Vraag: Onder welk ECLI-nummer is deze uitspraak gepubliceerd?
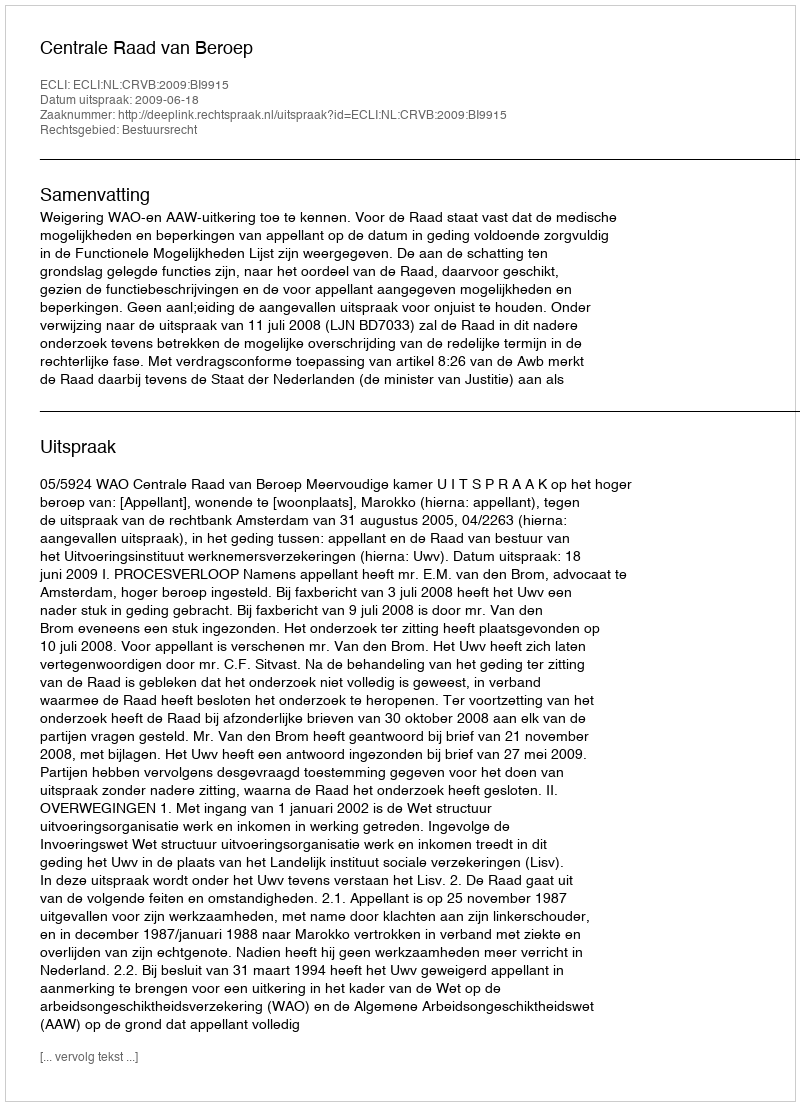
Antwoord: ECLI:NL:CRVB:2009:BI9915